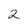
Character: 2